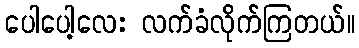
ပေါပေါ့လေး လက်ခံလိုက်ကြတယ်။